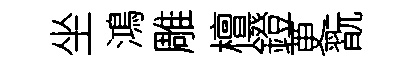
坐鴻雕檀鐙茰翫